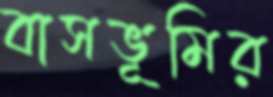
বাসভূমির